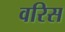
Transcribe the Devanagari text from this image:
वरिस